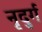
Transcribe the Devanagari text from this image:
नृदुर्ग